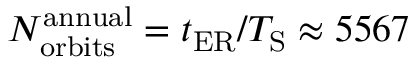
N _ { \mathrm { o r b i t s } } ^ { \mathrm { a n n u a l } } = t _ { \mathrm { E R } } / T _ { \mathrm { S } } \approx 5 5 6 7